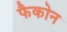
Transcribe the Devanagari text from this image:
फैकोन